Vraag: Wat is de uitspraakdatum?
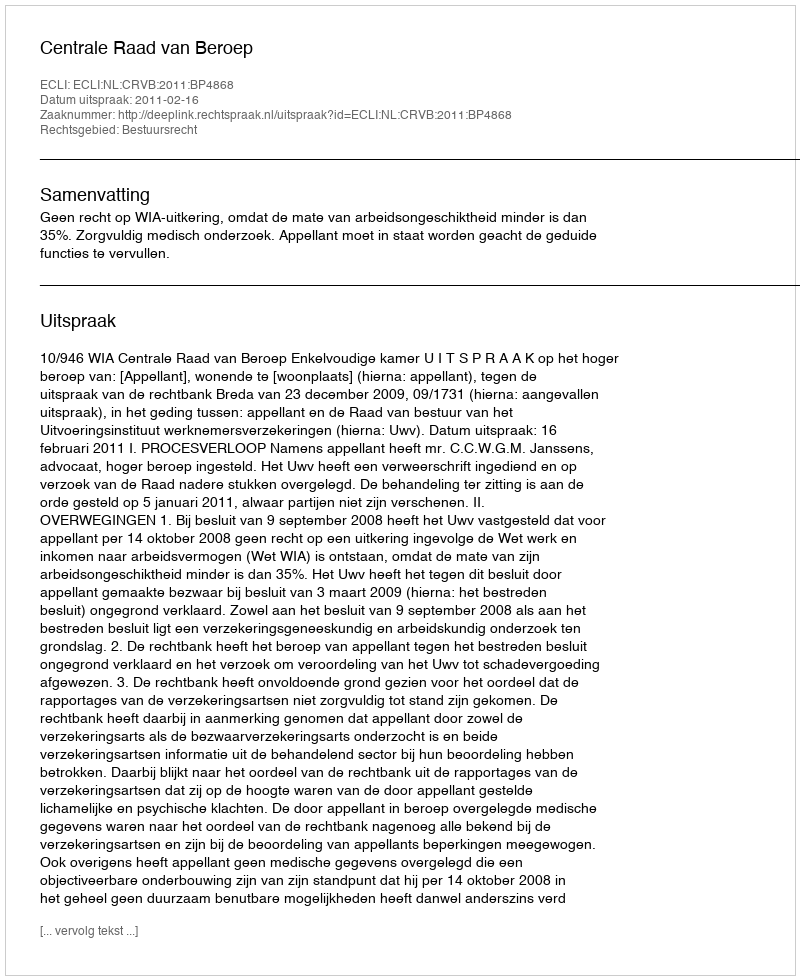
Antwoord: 2011-02-16